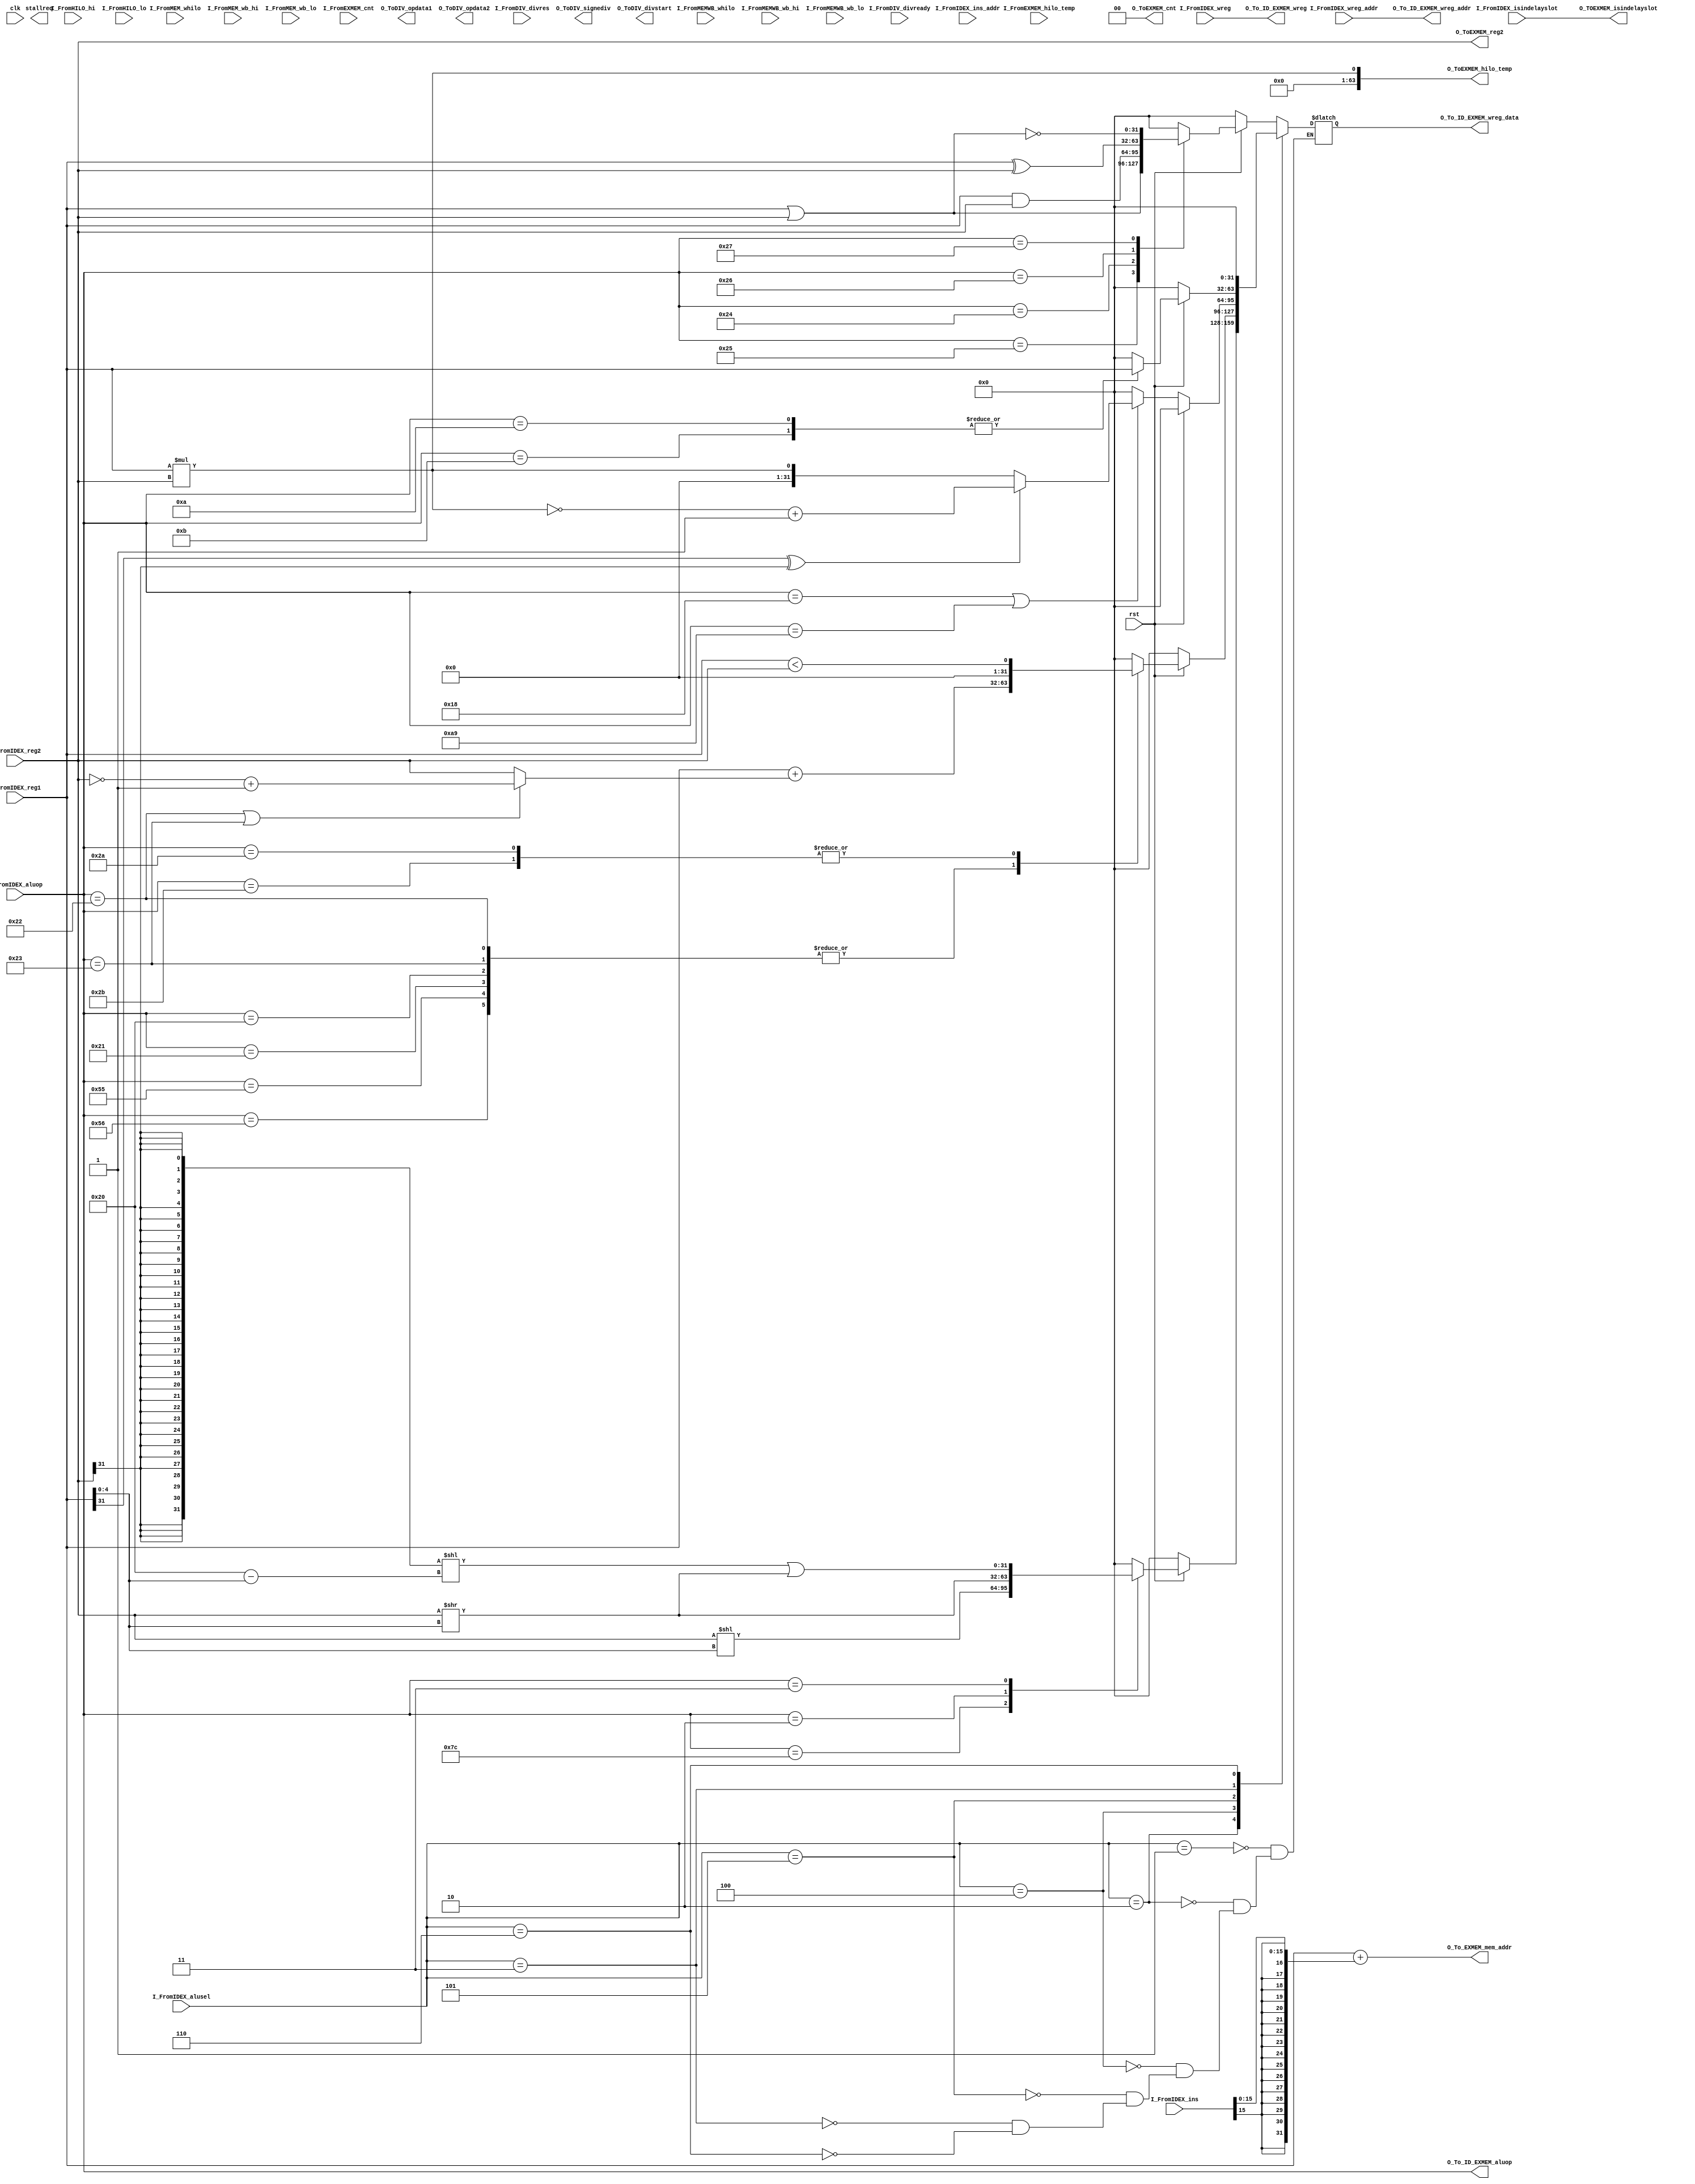
`timescale 1ns / 1ps
//////////////////////////////////////////////////////////////////////////////////
// Company: 
// Engineer: 
// 
// Design Name: 
// Module Name: EX
// Project Name: 
// Target Devices: 
// Tool Versions: 
// Description: 
// 
// Dependencies: 
// 
// Revision:
// Revision 0.01 - File Created
// Additional Comments:
// 
//////////////////////////////////////////////////////////////////////////////////


module EX(
    input clk,
    input rst,
    input wire [2:0] I_FromIDEX_alusel,//
    input wire [7:0] I_FromIDEX_aluop,//
    input wire [31:0] I_FromIDEX_reg1,//
    input wire [31:0] I_FromIDEX_reg2,//
    input wire I_FromIDEX_wreg,// 
    input wire [4:0]I_FromIDEX_wreg_addr,//
    input wire [31:0] I_FromIDEX_ins,//
    input wire [31:0] I_FromIDEX_ins_addr,//
    output reg [31:0] O_ToEXMEM_reg2,//lwr
//    output reg O_ToEXMEM_wreg,//
//    output reg [31:0] O_ToEXMEM_wreg_addr,//
//    output reg [31:0] O_ToEXMEM_wreg_data,//
//HILO
    input wire [31:0] I_FromHILO_hi,//hilohi
    input wire [31:0] I_FromHILO_lo,//hilolo
//memhilo
    input wire I_FromMEM_whilo,//HILO
    input wire [31:0] I_FromMEM_wb_hi,//HILOhi
    input wire [31:0] I_FromMEM_wb_lo,//HILOlo
//memwbhilo
    input wire I_FromMEMWB_whilo,//HILO
    input wire [31:0] I_FromMEMWB_wb_hi,//HILOhi
    input wire [31:0] I_FromMEMWB_wb_lo,//HILOlo
//
    input wire [63:0] I_FromEXMEM_hilo_temp,//
    input wire [1:0] I_FromEXMEM_cnt,//D
    output wire [63:0] O_ToEXMEM_hilo_temp,//
    output wire [1:0] O_ToEXMEM_cnt,//
//
    input wire I_FromDIV_divready,//
    input wire [63:0] I_FromDIV_divres,//
    output reg O_ToDIV_signediv,//1-->0->
    output reg O_ToDIV_opdata1,//
    output reg O_ToDIV_opdata2,//
    output reg O_ToDIV_divstart,//
//
    input wire I_FromIDEX_isindelayslot,//
    output wire O_TOEXMEM_isindelayslot,//
//ID
    output reg [31:0]O_To_EXMEM_mem_addr,//
    output reg O_To_ID_EXMEM_wreg,//
    output reg [7:0] O_To_ID_EXMEM_aluop,//
    output reg [4:0] O_To_ID_EXMEM_wreg_addr,//
    output reg [31:0] O_To_ID_EXMEM_wreg_data,//

//
    output reg stallreq//
);

	/**  **/

	// logic  TODO: ori andi xori
	reg[31:0] logic_out;
	always @(*) begin
		if(rst == 1'b0) begin
			logic_out <= 32'h00000000;
		end else begin
			case (I_FromIDEX_aluop)
				8'b00100101: begin 	//or
					logic_out <= I_FromIDEX_reg1 | I_FromIDEX_reg2;
				end
				8'b00100100: begin  //and
					logic_out <= I_FromIDEX_reg1 & I_FromIDEX_reg2;
				end
				8'b00100110: begin  //xor
					logic_out <= I_FromIDEX_reg1 ^ I_FromIDEX_reg2;
				end
				8'b00100111: begin  //nor
					logic_out <= ~(I_FromIDEX_reg1 | I_FromIDEX_reg2);
				end
				default: begin
					logic_out <= 32'h00000000;
				end
			endcase
		end
	end

	// exe shift
	reg[31:0] shift_out;
	always @ (*) begin
		if(rst == 1'b0) begin
			shift_out <= 32'h00000000;
		end else begin
			case (I_FromIDEX_aluop)
				8'b01111100: begin  //sll
					shift_out <=  I_FromIDEX_reg2 << I_FromIDEX_reg1[4:0];
				end
				8'b00000010: begin //srl
					shift_out <=  I_FromIDEX_reg2 >> I_FromIDEX_reg1[4:0];
				end
				8'b00000011: begin //sra,srav
					shift_out <= ({32{I_FromIDEX_reg2[31]}} << (6'd32-{1'b0,I_FromIDEX_reg1[4:0]}))| I_FromIDEX_reg2 >> I_FromIDEX_reg1[4:0];
				end

				default: begin
					shift_out <= 32'h00000000;
				end
			endcase
		end
	end

	// exe arithmetic 
	reg [31:0]arithmetic_out;
	wire [31:0]switch_complement_reg2;	//
	wire [31:0]mux_sum;
	wire [31:0]mux_lt;
	assign switch_complement_reg2 = (I_FromIDEX_aluop == 8'b00100010) || 
								 (I_FromIDEX_aluop == 8'b00100011) ?
								  ~(I_FromIDEX_reg2)+1 :I_FromIDEX_reg2;
	assign mux_sum = I_FromIDEX_reg1 + switch_complement_reg2;
	// assign mux_lt = ((I_FromIDEX_aluop == 8'b00101010)) ?
	// 				((I_FromIDEX_reg1[31] && !I_FromIDEX_reg2[31]) ||
	// 				(!I_FromIDEX_reg1[31] && !I_FromIDEX_reg2[31] && mux_sum[31]) ||
	// 				(I_FromIDEX_reg1[31] && I_FromIDEX_reg2[31] && mux_sum[31]))
	// 				: (I_FromIDEX_reg1 < I_FromIDEX_reg2);
	assign mux_lt = I_FromIDEX_reg1 < I_FromIDEX_reg2;
	always @ (*) begin
		if(rst == 1'b0) begin
			arithmetic_out <= 32'h00000000;
		end else begin
			case (I_FromIDEX_aluop)
				8'b00100000,8'b00100001,8'b01010101,8'b01010110: begin //add,addu,addi,addiu
					arithmetic_out <= mux_sum;
				end
				// 8'b00100001: begin //addu
				// 	arithmetic_out <= mux_sum;
				// end
				// 8'b01010101: begin //addi
				// 	arithmetic_out <= mux_sum;
				// end
				// 8'b01010110: begin //addiu
				// 	arithmetic_out <= mux_sum;
				// end
				8'b00100010,8'b00100011: begin //sub,subu
					arithmetic_out <= mux_sum;
				end
				// 8'b00100011: begin //subu
				// 	arithmetic_out <= mux_sum;
				// end
				8'b00101010,8'b00101011,8'b00101010,8'b00101011: begin //slt,sltu,slti,sltiu
					arithmetic_out <= mux_lt;
				end
				// 8'b00101011: begin //sltu
				// 	arithmetic_out <= mux_slt;
				// end
				default: begin
					arithmetic_out <= 32'h00000000;
				end
			endcase
		end
	end
	
	// mul
	reg[31:0] mul_out;
	wire switch_mult_reg1;	//
	wire switch_mult_reg2;	//
	wire mux_mul;
	assign switch_mult_reg1 = (((I_FromIDEX_aluop == 8'b00011000) || 
							  (I_FromIDEX_aluop == 8'b00011000) || 
							  (I_FromIDEX_aluop == 8'b00011001)) &&
							  ( I_FromIDEX_reg1[31] == 1'b1)) ? 
							  (~I_FromIDEX_reg1+1) : I_FromIDEX_reg1;
	assign switch_mult_reg2 = (((I_FromIDEX_aluop == 8'b00011000) || 
							  (I_FromIDEX_aluop == 8'b00011000) || 
							  (I_FromIDEX_aluop == 8'b00011001)) &&
							  ( I_FromIDEX_reg2[31] == 1'b1)) ? 
							  (~I_FromIDEX_reg2+1) : I_FromIDEX_reg2;
	assign mux_mul = I_FromIDEX_reg1 * I_FromIDEX_reg2;
	always @ (*) begin
		if(rst==1'b1) begin
			mul_out <= 32'h00000000;
		end else if (I_FromIDEX_aluop == 8'b00011000 || 		//mult
			I_FromIDEX_aluop == 8'b10101001) begin		//mul
				if((I_FromIDEX_reg1[31] ^I_FromIDEX_reg2[31]) == 1'b1) begin
					mul_out <= ~mux_mul +1;
				end else begin
					mul_out <= mux_mul;
				end
		end else begin
			mul_out <= 32'h00000000;		
		end		
	end

	// div
	// TODO: 
	// reg [31:0]div_out;
	// always @ (*) begin
	// 	// TODO: 
	// 	if(rst == 1'b0) begin
	// 		div_out <= 32'h00000000;
	// 	end else begin
	// 		case(I_FromIDEX_aluop)
	// 			8'b00011010: begin //div		
	// 			end
	// 			8'b00011011: begin //divu
	// 			end
	// 	end
	// end

	//movn movz
	reg[31:0] movers;
	always @ (*) begin
		if(rst == 1'b0) begin
			movers <= 32'h00000000;
		end else begin
			case (I_FromIDEX_aluop)
			8'b00001011: begin //movn
				movers <= I_FromIDEX_reg1;
			end
			8'b00001010: begin //movz
				movers <= I_FromIDEX_reg1;
			end
			default : begin
				movers <= 32'h00000000;
			end
			endcase
		end
	end

	//j jal jr

	/**  **/
	assign O_ToEXMEM_hilo_temp = mux_mul;		//
	assign O_ToEXMEM_cnt = 2'b00;				//
	assign O_TOEXMEM_isindelayslot = I_FromIDEX_isindelayslot;	//
	always @ (*) begin
		O_ToEXMEM_reg2 <= I_FromIDEX_reg2;	//lwsw
		O_To_EXMEM_mem_addr <= I_FromIDEX_reg1 + {{16{I_FromIDEX_ins[15]}},I_FromIDEX_ins[15:0]};	//
		O_To_ID_EXMEM_wreg <= I_FromIDEX_wreg;		//
		O_To_ID_EXMEM_aluop <= I_FromIDEX_aluop;		//
		O_To_ID_EXMEM_wreg_addr <= I_FromIDEX_wreg_addr;//

		case (I_FromIDEX_alusel)
			3'b001: begin //logic
				O_To_ID_EXMEM_wreg_data <= logic_out;
			end
			3'b010: begin //shift
				O_To_ID_EXMEM_wreg_data <= shift_out;
			end
			3'b100: begin //arithmetic
				O_To_ID_EXMEM_wreg_data <= arithmetic_out;
			end
			3'b101: begin //mul
				O_To_ID_EXMEM_wreg_data <= mul_out;
			end
			3'b011: begin //movn
				O_To_ID_EXMEM_wreg_data <= movers;
			end
			3'b110: begin //j jal jr
				O_To_ID_EXMEM_wreg_data <= 32'h00000000;
			end
		endcase
	end
	

endmodule